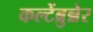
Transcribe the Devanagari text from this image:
कल्टेंब्रुन्नेर